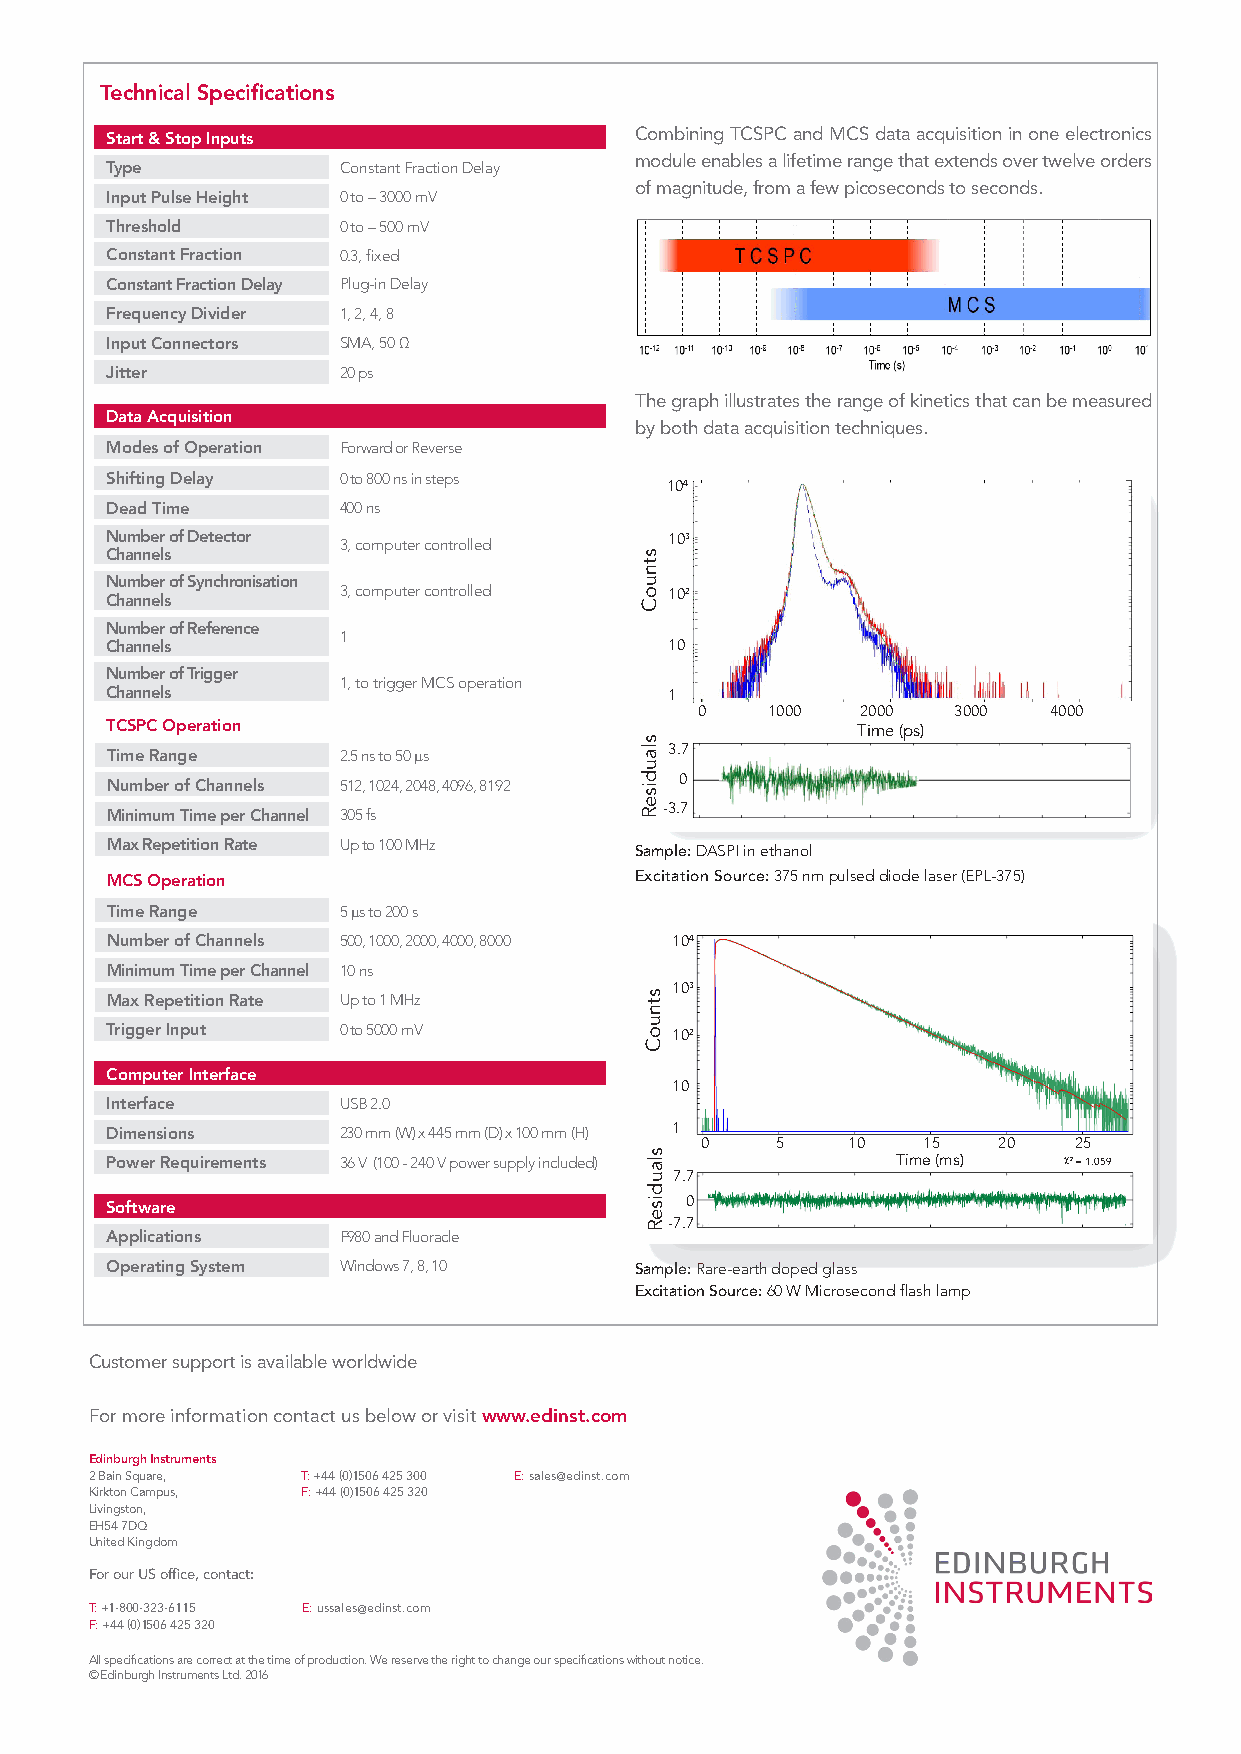
Technical Specifications
 Start & Stop Inputs                Combining TCSPC and MCS data acquisition in one electronics
 module enables a lifetime range that extends over twelve orders
 Type           Constant Fraction Delay
 of magnitude, from a few picoseconds to seconds.
 Input Pulse Height 0 to – 3000 mV
 Threshold      0 to – 500 mV
 Constant Fraction 0.3, fixed
 Constant Fraction Delay Plug-in Delay
 Frequency Divider 1, 2, 4, 8
 Input Connectors SMA, 50 Ω
 Jitter         20 ps
 The graph illustrates the range of kinetics that can be measured
 Data Acquisition
 by both data acquisition techniques.
 Modes of Operation Forward or Reverse
 Shifting Delay 0 to 800 ns in steps
 104
 Dead Time      400 ns
 Number of Detector 3, computer controlled 103
 Channels
 Number of Synchronisation
 Channels       3, computer controlled 102
 Number of Reference
 1
 Channels                             10
 Number of Trigger
 1, to trigger MCS operation
 Channels                             1
 0    1000  2000  3000  4000
 TCSPC Operation                                   Time (ps)
 Time Range     2.5 ns to 50 ms       3.7
 Number of Channels 512, 1024, 2048, 4096, 8192 0
 Minimum Time per Channel 305 fs      -3.7
 Max Repetition Rate Up to 100 MHz
 Sample: DASPI in ethanol
 MCS Operation                      Excitation Source: 375 nm pulsed diode laser (EPL-375)
 Time Range      5 ms to 200 s
 Number of Channels 500, 1000, 2000, 4000, 8000 104
 Minimum Time per Channel 10 ns
 103
 Max Repetition Rate Up to 1 MHz
 Trigger Input  0 to 5000 mV          102
 Computer Interface
 10
 Interface      USB 2.0
 Dimensions     230 mm (W) x 445 mm (D) x 100 mm (H) 1
 0    5    10   15   20   25
 Power Requirements 36 V (100 - 240 V power supply included) Time (ms) c2 = 1.059
 7.7
 Software                              0
 -7.7
 Applications   F980 and Fluoracle
 Operating System Windows 7, 8, 10  Sample: Rare-earth doped glass
 Excitation Source: 60 W Microsecond flash lamp
 Customer support is available worldwide
 For more information contact us below or visit www.edinst.com
 Edinburgh Instruments
 2 Bain Square, T: +44 (0)1506 425 300 E: sales@edinst.com
 Kirkton Campus, F: +44 (0)1506 425 320
 Livingston,
 EH54 7DQ
 United Kingdom
 For our US office, contact:
 T: +1-800-323-6115 E: ussales@edinst.com
 F: +44 (0)1506 425 320
 All specifications are correct at the time of production. We reserve the right to change our specifications without notice.
 © Edinburgh Instruments Ltd. 2016
 stnuoC
 slaudiseR
 stnuoC
 slaudiseR